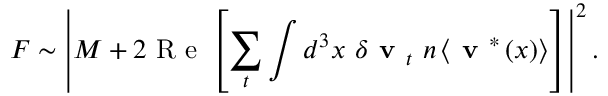
F \sim \left| M + 2 \mathrm { ~ R ~ e ~ } \left[ \sum _ { t } \int d ^ { 3 } x \ \delta \textbf { v } _ { t } \ n \left< \textbf { v } ^ { * } \left( x \right) \right> \right] \right| ^ { 2 } .